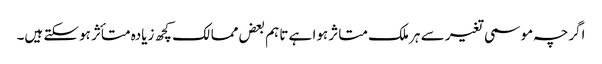
اگرچہ موسمی تغیر سے ہر ملک متاثر ہوا ہے تاہم بعض ممالک کچھ زیادہ متأثر ہوسکتے ہیں۔